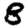
Digit: 8